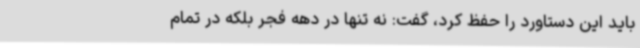
باید این دستاورد را حفظ کرد، گفت: نه‌ تنها در دهه فجر بلکه در تمام